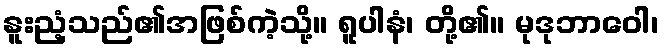
နူးညံ့သည်၏အဖြစ်ကဲ့သို့။ ရူပါနံ၊ တို့၏။ မုဒုဘာဝေါ၊